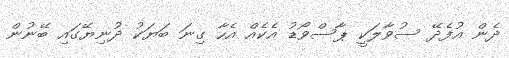
ދެން އުފެދޭ ސުވާލަކީ ޕާސްވޯޑު އެކެއް އެހާ ގިނަ ބަޔަކު ދުނިޔޭގައި ބޭނުން